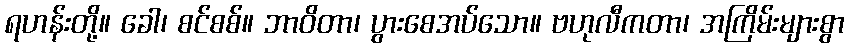
ရဟန်းတို့။ ခေါ၊ စင်စစ်။ ဘာဝိတာ၊ ပွားစေအပ်သော။ ဗဟုလီကတာ၊ အကြိမ်းများစွာ